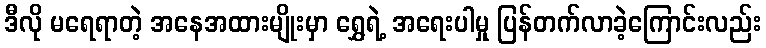
ဒီလို မရေရာတဲ့ အနေအထားမျိုးမှာ ရွှေရဲ့ အရေးပါမှု ပြန်တက်လာခဲ့ကြောင်းလည်း